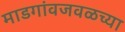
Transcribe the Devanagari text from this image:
माडगांवजवळच्या